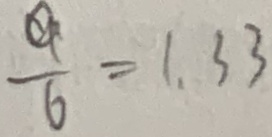
\frac { a } { 6 } = 1 . 3 3